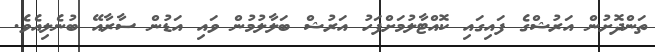
ތަންދޮށުން އަރުޝްގެ ފައިގައި ކޮއްޓާލުމަށްފަހު އަރުޝް ބަލާލުމުން ވައި އަޑުން ސާރާއޭ ބުނެލިއެވެ.